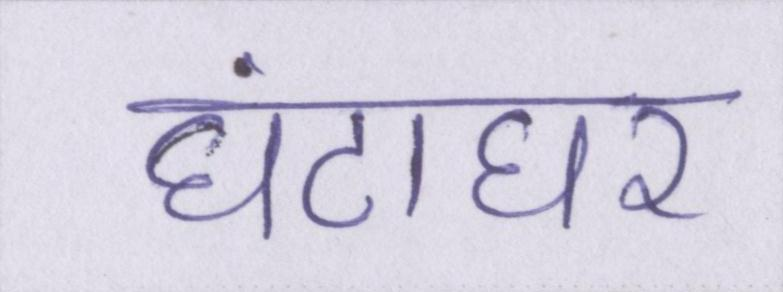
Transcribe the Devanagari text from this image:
घंटाघर